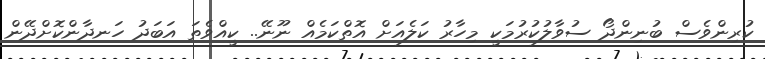
ކުރިންވެސް ބުނިންދޯ ސުވާލުކުރުމަކީ މިހާރު ކަލެއަށް އޮތްކަމެއް ނޫނޭ.. ކީއްވެތަ އަބަދު ހަނދާންކޮށްދޭން